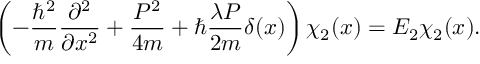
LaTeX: \left( - { \frac { \hbar ^ { 2 } } { m } } { \frac { \partial ^ { 2 } } { \partial x ^ { 2 } } } + { \frac { P ^ { 2 } } { 4 m } } + \hbar { \frac { \lambda P } { 2 m } } \delta ( x ) \right) \chi _ { 2 } ( x ) = E _ { 2 } \chi _ { 2 } ( x ) .